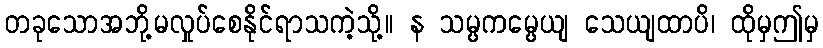
တခုသောအဘို့မလှုပ်စေနိုင်ရာသကဲ့သို့။ န သမ္ပကမ္ပေယျ သေယျထာပိ၊ ထိုမှဤမှ